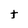
Character: t